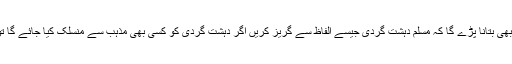
خصوصی طور پر امریکی صدر کو اور باقی دنیا کو یہ بھی بتانا پڑے گا کہ مسلم دہشت گردی جیسے الفاظ سے گریز کریں اگر دہشت گردی کو کسی بھی مذہب سے منسلک کیا جائے گا تو سفارتی تعلقات میں دراڑیں پڑنے کا خطرہ ہوسکتا ہے۔